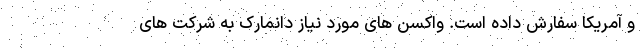
و آمریکا سفارش داده است. واکسن های مورد نیاز دانمارک به شرکت های